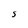
Character: S